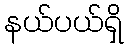
နယ်ပယ်ရှိ